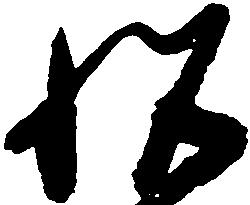
悦